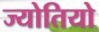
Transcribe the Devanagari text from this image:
ज्योतियो